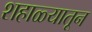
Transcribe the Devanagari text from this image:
शहाळ्यातून